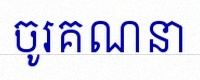
ចូរគណនា